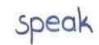
speak